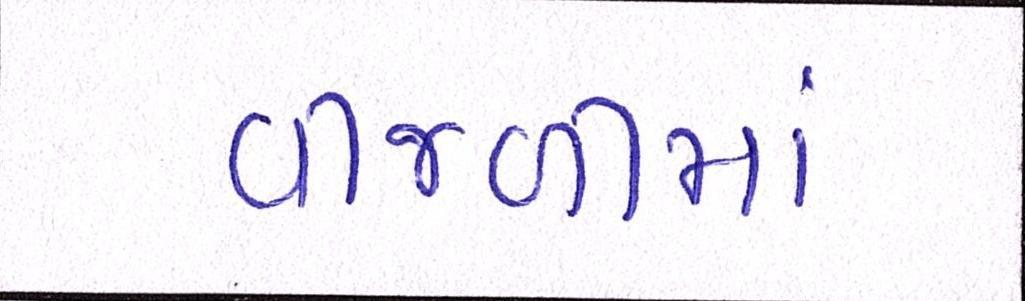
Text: વીજળીમાં